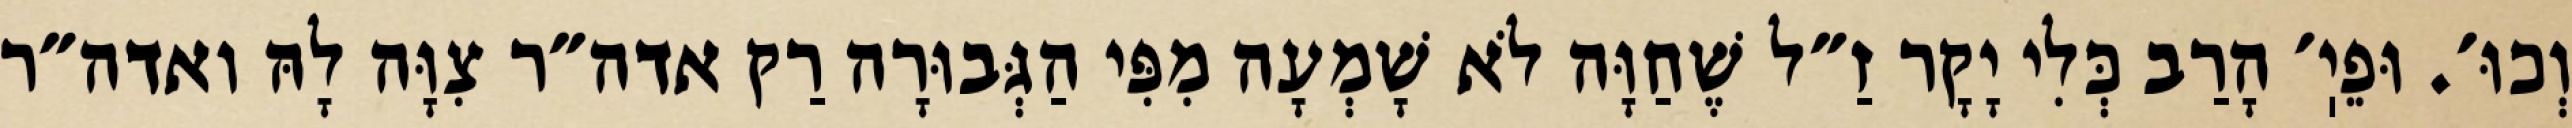
וְכוּ׳. וּפֵיֽ׳ הָרַב כְּלִי יָקָר זַ״ל שֶׁחַוָּה לֹא שָׁמְעָה מִפִּי הַגְּבוּרָה רַק אדה״ר צִוָּה לָהּ ואדה״ר